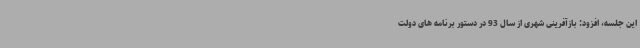
این جلسه، افزود: بازآفرینی شهری از سال 93 در دستور برنامه های دولت